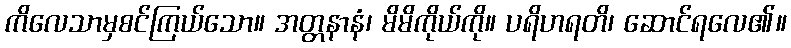
ကိလေသာမှစင်ကြယ်သော။ အတ္တနာနံ၊ မိမိကိုယ်ကို။ ပရိဟရတိ၊ ဆောင်ရလေ၏။